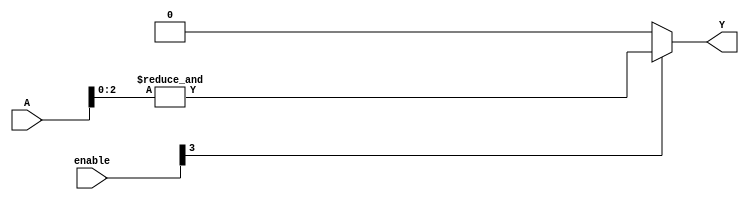
module GPAL #(
    parameter N = 4, // Number of inputs
    parameter M = 4, // Number of product terms
    parameter P = 1  // Number of outputs
)(
    input wire [N-1:0] A,          // Input signals
    input wire [M-1:0] enable,     // Enable signals for each product term
    output wire [P-1:0] Y          // Output signals
);

// Internal wires for product terms
wire [M-1:0] P_terms;

// Generate product terms based on inputs and enable signals
genvar i, j;
generate
    for (i = 0; i < M; i = i + 1) begin : and_array
        wire [N-1:0] inputs;
        // Example: Each product term can be configured to use any combination of inputs
        // Here we assume a simple configuration for demonstration purposes
        assign inputs = (i == 0) ? {A[0], A[1], 1'b0, 1'b0} : // P1 = A1 AND A2
                        (i == 1) ? {A[0], 1'b0, A[2], 1'b0} : // P2 = A1 AND A3
                        (i == 2) ? {1'b0, A[1], A[2], 1'b0} : // P3 = A2 AND A3
                        (i == 3) ? {A[0], A[1], A[2], 1'b1} : // P4 = A1 AND A2 AND A3
                        {1'b0, 1'b0, 1'b0, 1'b0}; // Default case

        // AND gate implementation
        assign P_terms[i] = enable[i] ? &inputs : 1'b0; // AND operation with enable
    end
endgenerate

// OR array to combine product terms
assign Y = |P_terms; // OR operation to produce output

endmodule